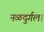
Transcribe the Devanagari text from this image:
नळदुर्गला